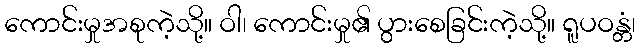
ကောင်းမှုအစုကဲ့သို့။ ဝါ၊ ကောင်းမှု၏ ပွားစေခြင်းကဲ့သို့။ ရူပဝန္တံ၊